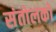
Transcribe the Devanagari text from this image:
संतोलकों